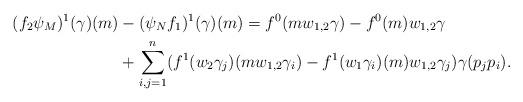
LaTeX: \begin{align*}(f_2\psi_M)^1(\gamma)(m) &- (\psi_Nf_1)^1(\gamma)(m) = f^0(m w_{1,2} \gamma) - f^0(m) w_{1,2} \gamma\\& + \sum_{i,j=1}^{n} (f^1(w_2 \gamma_j)(m w_{1,2} \gamma_i)-f^1(w_1\gamma_i)(m) w_{1,2} \gamma_j)\gamma(p_jp_i).\end{align*}